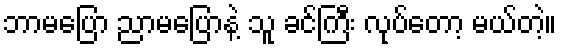
ဘာမပြော ညာမပြောနဲ့ သူ ခင်ကြီး လုပ်တော့ မယ်တဲ့။